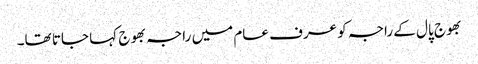
بھوج پال کے راجہ کو عرف عام میں راجہ بھوج کہا جاتا تھا۔